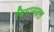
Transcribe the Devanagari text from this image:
विमानदल